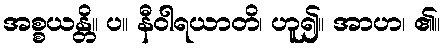
အစ္စယန္တိ။ ပ။ နီဝါရယာတိ၊ ဟူ၍။ အာဟ၊ ၏။